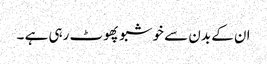
ان کے بدن سے خوشبو پھوٹ رہی ہے ۔